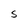
Character: S